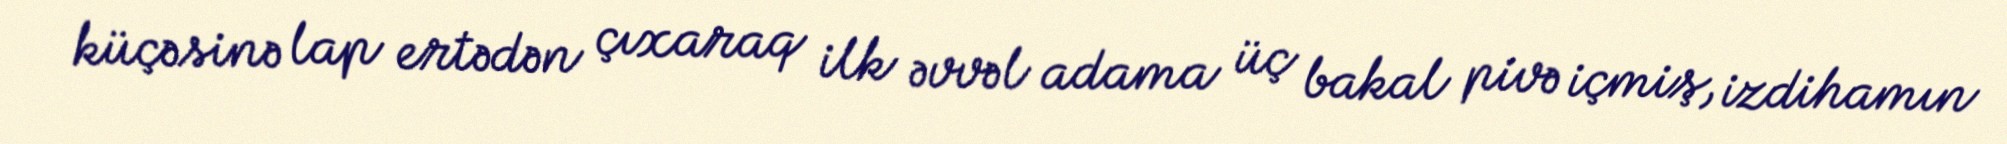
küçəsinə lap ertədən çıxaraq ilk əvvəl adama üç bakal pivə içmiş, izdihamın